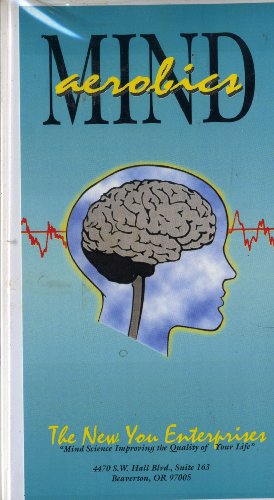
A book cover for Mind Aerobics; The New You Enterprises; Health, Fitness & Dieting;